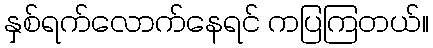
နှစ်ရက်လောက်နေရင် ကပြကြတယ်။